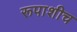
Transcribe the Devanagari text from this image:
रूपाशीच